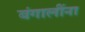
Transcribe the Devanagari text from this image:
बंगालींना